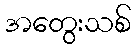
အတွေးသစ်